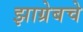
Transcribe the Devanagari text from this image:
झाग्रेबचे